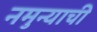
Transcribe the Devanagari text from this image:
नमुन्याची